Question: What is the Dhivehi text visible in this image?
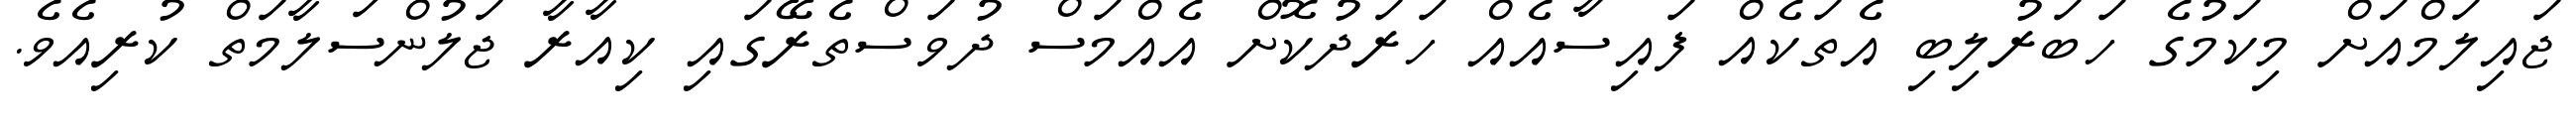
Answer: ޖައިލަމްއަށް މިކަމުގެ ހަބަރުލިބި އެތަކެއް ފައިސާއެއް ހަރަދުކޮށް އެއްމަސް ދުވަސްތެރޭގައި ކިއާރާ ޖަލުންސަލާމަތް ކުރިއެވެ.